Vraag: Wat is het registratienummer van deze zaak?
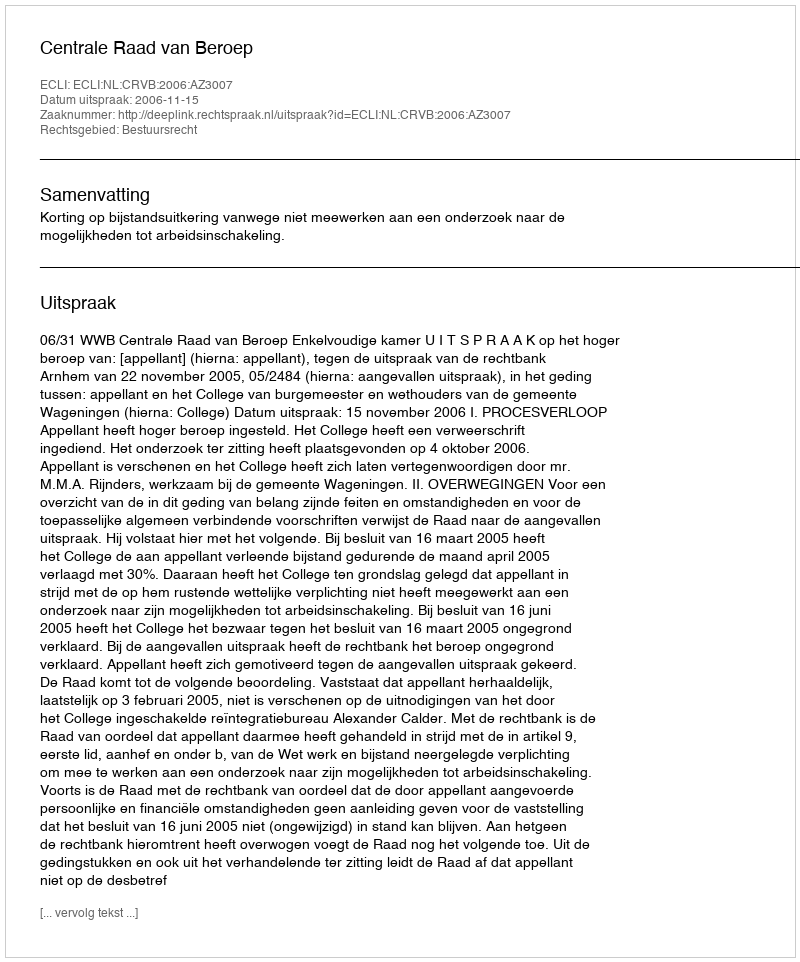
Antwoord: http://deeplink.rechtspraak.nl/uitspraak?id=ECLI:NL:CRVB:2006:AZ3007